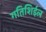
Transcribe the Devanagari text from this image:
गतिशिईल